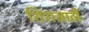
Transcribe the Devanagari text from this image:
शिरासाठी